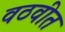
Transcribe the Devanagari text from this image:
वठवीत